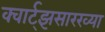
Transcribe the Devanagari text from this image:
क्वार्ट्‌झसारख्या